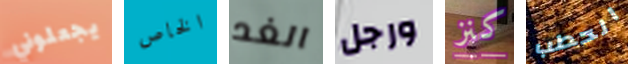
يجعلوني الخاص الغد ورجل كنز الحطب